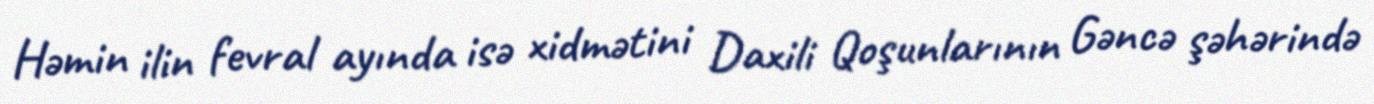
Həmin ilin fevral ayında isə xidmətini Daxili Qoşunlarının Gəncə şəhərində